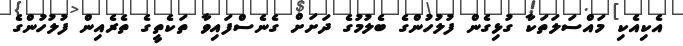
އެކިއެކި މައްސަލަތަކާ ގުޅިގެން ފުލުހުންގެ ބެލުމުގެ ދަށަށް ގެނެސްފައިވާ ތަކެތީގެ ތެރެއިން ފުލުހުންގެ